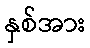
နှစ်အား